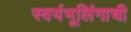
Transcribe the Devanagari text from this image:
स्वयंभूलिंगाची